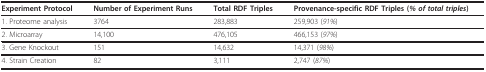
| Experiment Protocol | Number of Experiment Runs | Total RDF Triples | Provenance-specific RDF Triples (% of total triples) |
 | --- | --- | --- | --- |
 | 1. Proteome analysis | 3764 | 283,883 | 259,903 (91%) |
 | 2. Microarray | 14,100 | 476,105 | 466,153 (97%) |
 | 3. Gene Knockout | 151 | 14,632 | 14,371 (98%) |
 | 4. Strain Creation | 82 | 3,111 | 2,747 (87%) |